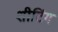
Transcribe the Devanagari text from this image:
शीटिंग